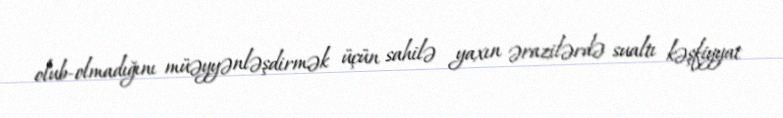
olub-olmadığını müəyyənləşdirmək üçün sahilə yaxın ərazilərdə sualtı kəşfiyyat